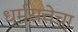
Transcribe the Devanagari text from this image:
धर्मसत्तेचा